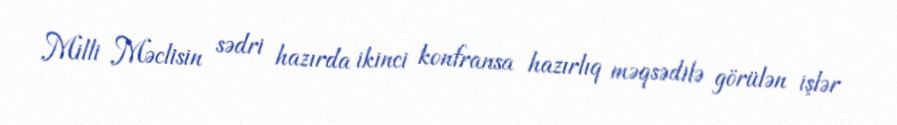
Milli Məclisin sədri hazırda ikinci konfransa hazırlıq məqsədilə görülən işlər